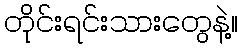
တိုင်းရင်းသားတွေနဲ့။